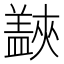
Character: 𱲜